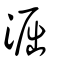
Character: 淈